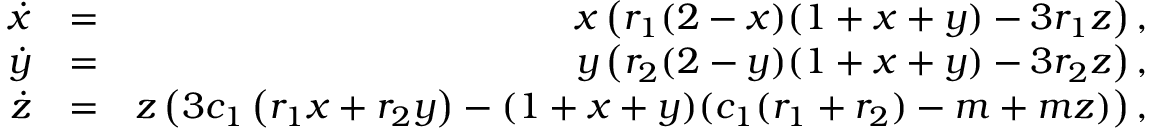
\begin{array} { r l r } { \dot { x } } & { = } & { x \left( r _ { 1 } ( 2 - x ) ( 1 + x + y ) - 3 r _ { 1 } z \right) , } \\ { \dot { y } } & { = } & { y \left( r _ { 2 } ( 2 - y ) ( 1 + x + y ) - 3 r _ { 2 } z \right) , } \\ { \dot { z } } & { = } & { z \left( 3 c _ { 1 } \left( r _ { 1 } x + r _ { 2 } y \right) - ( 1 + x + y ) ( c _ { 1 } ( r _ { 1 } + r _ { 2 } ) - m + m z ) \right) , } \end{array}